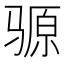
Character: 𫘪